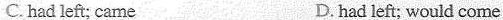
C.had left; came D. had left; would come